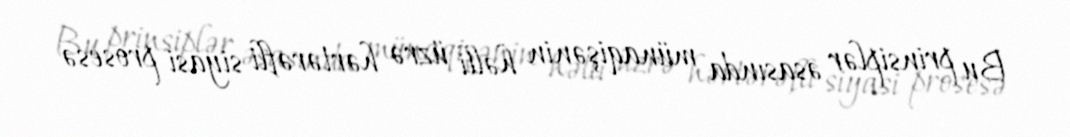
Bu prinsiplər əsasında münaqişənin həlli üzrə hərtərəfli siyasi prosesə